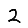
Digit: 2